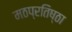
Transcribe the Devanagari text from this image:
मठप्रतिष्ठा